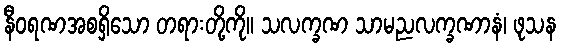
နီဝရဏအစရှိသော တရားတို့ကို။ သလက္ခဏ သာမညလက္ခဏာနံ၊ ဖုသန